Madras plague regulations in force outside the Presidency town - Volume 7
Disease focus: Plague
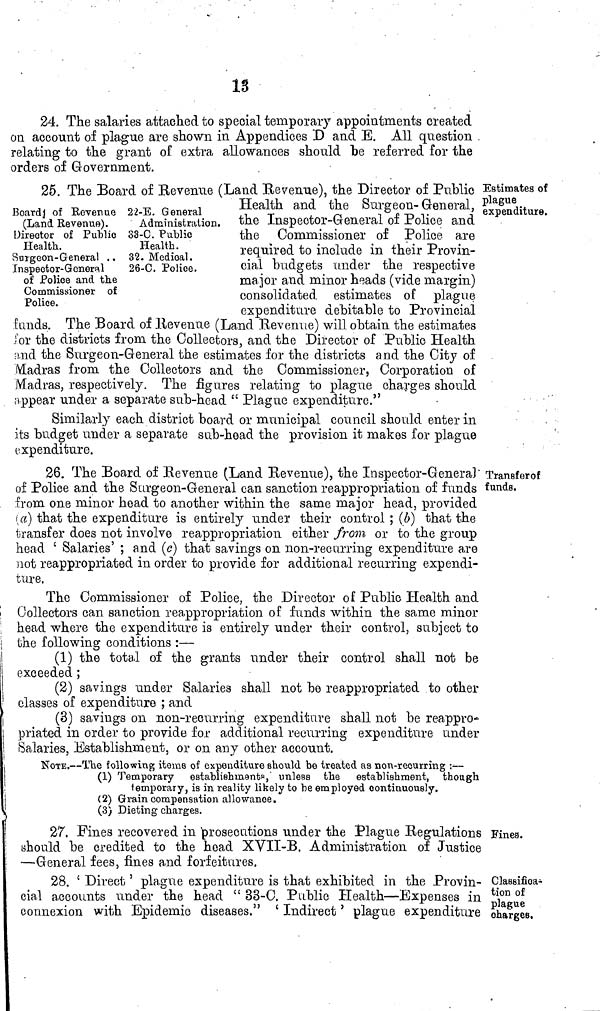
13
24. The salaries attached to special temporary appointments created
on account of plague are shown in Appendices D and E. All question
relating to the grant of extra allowances should be referred for the
orders of Government.
Estimates of
plague
expenditure.
Board 3 of Revenue
(Land Revenue).
Director of Public
Health.
Surgeon-General , .
Inspector-General
of Police and the
Commissioner of
Police.
22-E. General
Administration.
33-0. Public
Health.
32. Medioal.
26-C. Police.
25. The Board of Revenue (Land Revenue), the Director of Public
Health and the burgeon-(General,
the Inspector-General of Police and
the Commissioner of Police are
required to include in their Provin-
cial budgets under the respective
major and minor heads (vide margin)
consolidated estimates o E plague
expenditure debitable to Provincial
funds. The Board of Revenue (Land Revenue) will obtain the estimates
for the districts from the Collectors, and the Director of Public Health
and the Surgeon-General the estimates for the districts and the City of
¡Madras from the Collectors and the Commissioner, Corporation of
Madras, respectively. The figures relating to plague charges should
appear under a separate sub-head " Plague expenditure."
Similarly each district board or municipal council should enter in
its budget under a separate sub-head the provision it makes for plague
expenditure.
Traneferof
funds.
26. The Board of Revenue (Land Revenue), the Inspector-Genera]'
of Police and the Surgeon-General can sanction reappropriation of funds
from one minor head to another within the same major head, provided
(a) that the expenditure is entirely under their control ; (6) that the
transfer does not involve reappropriation either from or to the group
head ' Salaries' ; and (c) that savings on non-recurring expenditure are
not reappropriated in order to provide for additional recurring expendi-
ture.
The Commissioner of Police, the Director of Public Health and
Collectors can sanction reappropriation of funds within the same minor
head where the expenditure is entirely under their control, subject to
the following conditions :—
(1) the total of the grants under their control shall not be
exceeded ;
(2) savings under Salaries shall not be reappropriated to other
classes of expenditure ; and
(3) savings on non-recurring expenditure shall not be reappro-
priated in order to provide for additional recurring expenditure under
Salaries, Establishment, or on any other account.
NOTE.—The following items of expenditure should be treated as non-reourring :—
(1) Temporary establishments, unless the establishment, though
lemporary, is in reality likely to be employed continuously.
(2) Grain compensation allowance.
(3) Dieting charges.
Fines.
27. Fines recovered in prosecutions under the Plague Regulations
ahould be credited to the head XVII-B. Administration of Justice
—General fees, fines and forfeitures.
Classifica-
tion of
plague
charges.
28. ' Direct ' plague expenditure is that exhibited in the Provin-
cial accounts under the head " 33-0. Public Health—Expenses in
connexion with Epidemic diseases." ' Indirect ' plague expenditure